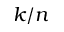
k / n